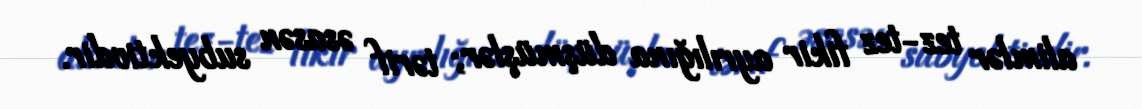
alimlər tez-tez fikir ayrılığına düşmüşlər; tərif əsasən subyektivdir.